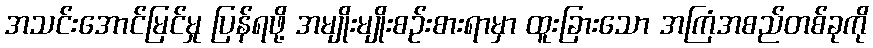
အသင်းအောင်မြင်မှု ပြန်ရဖို့ အမျိုးမျိုးစဉ်းစားရာမှာ ထူးခြားသော အကြံအစည်တစ်ခုကို